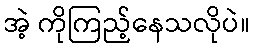
အဲ့ ကိုကြည့်နေသလိုပဲ။